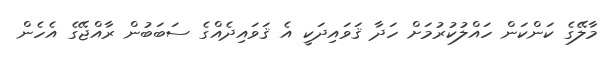
މާލޭގެ ކަންކަން ހައްލުކުރުމަށް ހަދާ ޤަވައިދަކީ އެ ޤަވައިދެއްގެ ސަބަބުން ރާއްޖޭގެ އެހެން